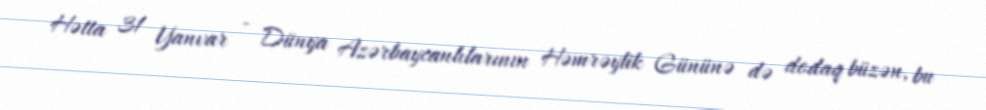
Hətta 31 Yanvar - Dünya Azərbaycanlılarının Həmrəylik Gününə də dodaq büzən, bu